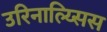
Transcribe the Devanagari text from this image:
उरिनाल्य्सिस